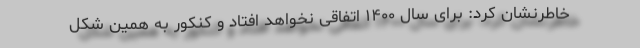
خاطرنشان کرد: برای سال ۱۴۰۰ اتفاقی نخواهد افتاد و کنکور به همین شکل